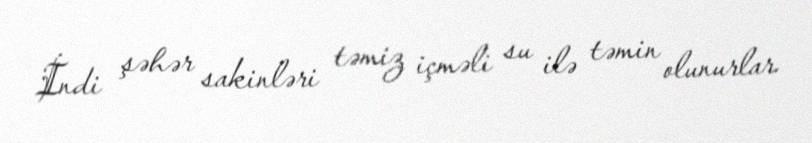
İndi şəhər sakinləri təmiz içməli su ilə təmin olunurlar.